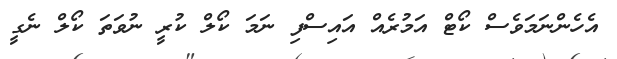
އެހެންނަމަވެސް ކޯޓް އަމުރެއް އައިސްފި ނަމަ ކޯލް ކުރީ ނުވަތަ ކޯލް ނެގީ